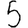
Digit: 5